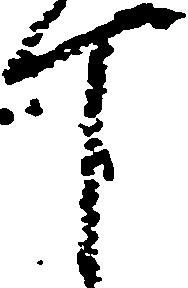
丁